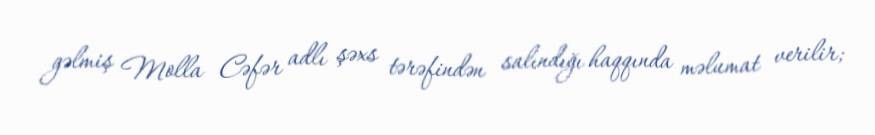
gəlmiş Molla Cəfər adlı şəxs tərəfindən salındığı haqqında məlumat verilir;